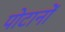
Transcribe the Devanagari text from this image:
पोटानों